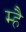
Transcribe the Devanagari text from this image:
म्है